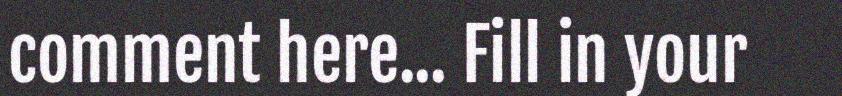
comment here... Fill in your